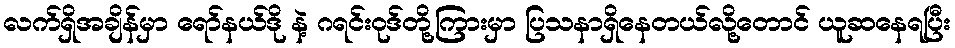
လက်ရှိအချိန်မှာ ရော်နယ်ဒို နဲ့ ဂရင်းဝုဒ်တို့ကြားမှာ ပြသနာရှိနေတယ်လို့တောင် ယူဆနေရပြီး